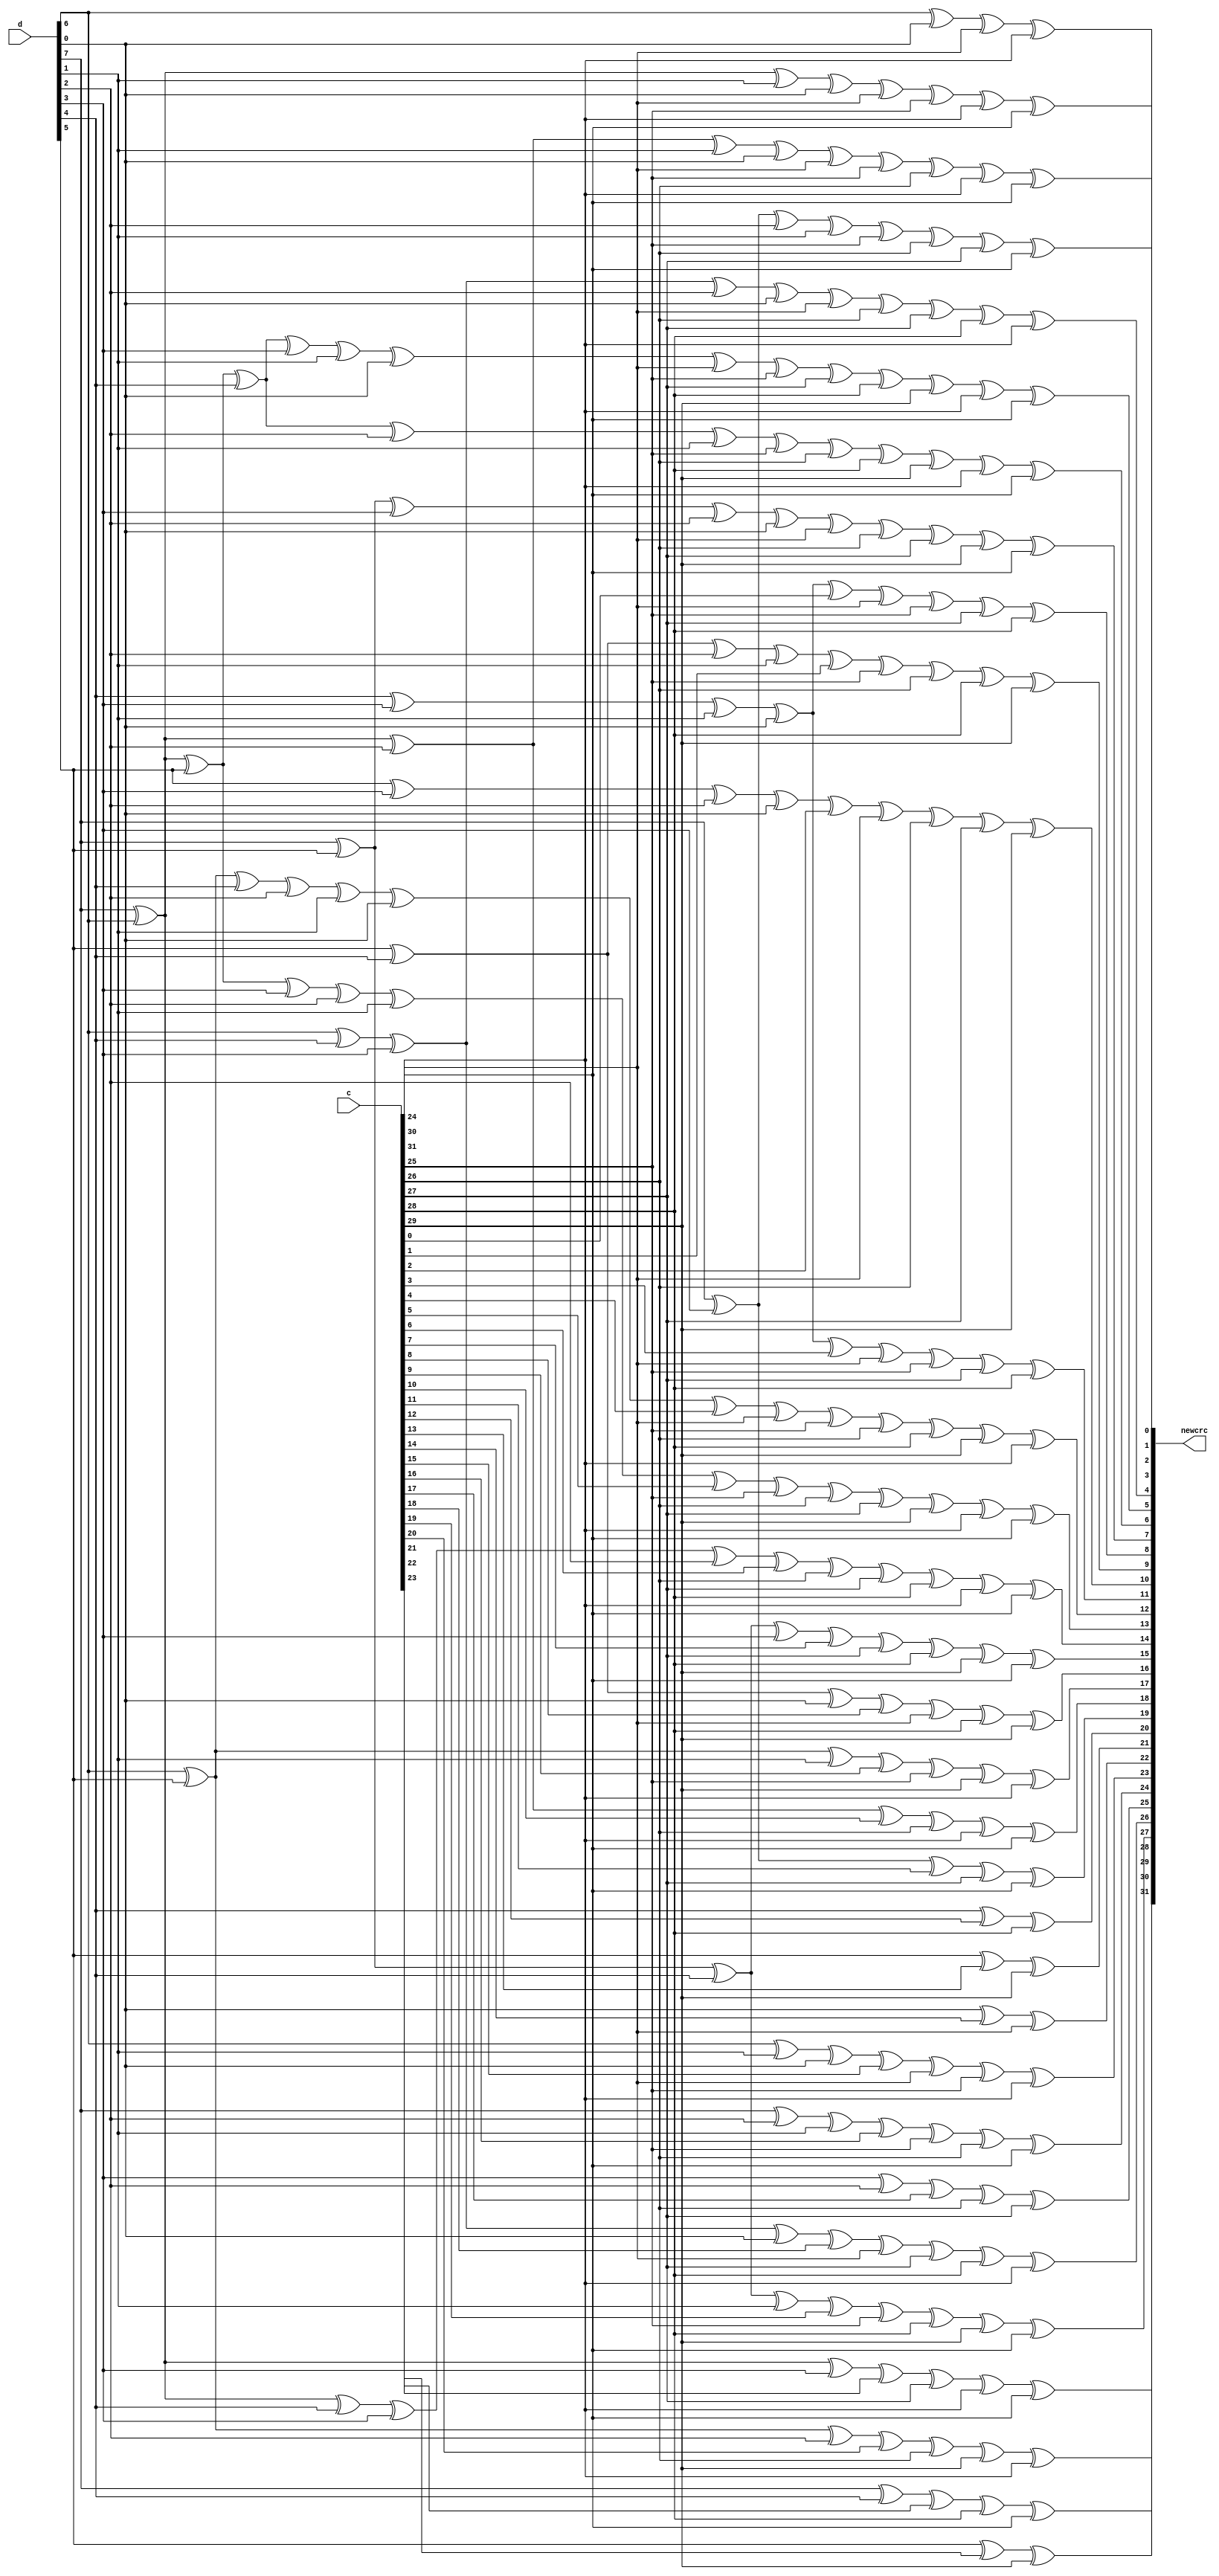
//*********Logical analyzer for long-term jitter monitoring*************
//
//  IP core, which evaluates CRC-32 checksum
//
//MIREA - Russian Technological University, 2020
// 
//Distributed under the Creative Commons Attribution-ShareAlike license
//**********************************************************************

module crc32(
    input [31:0]c,
    input [7:0]d,
    output reg [31:0]newcrc
);

always @(*)
begin
    newcrc[0] = d[6] ^ d[0] ^ c[24] ^ c[30];
    newcrc[1] = d[7] ^ d[6] ^ d[1] ^ d[0] ^ c[24] ^ c[25] ^ c[30] ^ c[31];
    newcrc[2] = d[7] ^ d[6] ^ d[2] ^ d[1] ^ d[0] ^ c[24] ^ c[25] ^ c[26] ^ c[30] ^ c[31];
    newcrc[3] = d[7] ^ d[3] ^ d[2] ^ d[1] ^ c[25] ^ c[26] ^ c[27] ^ c[31];
    newcrc[4] = d[6] ^ d[4] ^ d[3] ^ d[2] ^ d[0] ^ c[24] ^ c[26] ^ c[27] ^ c[28] ^ c[30];
    newcrc[5] = d[7] ^ d[6] ^ d[5] ^ d[4] ^ d[3] ^ d[1] ^ d[0] ^ c[24] ^ c[25] ^ c[27] ^ c[28] ^ c[29] ^ c[30] ^ c[31];
    newcrc[6] = d[7] ^ d[6] ^ d[5] ^ d[4] ^ d[2] ^ d[1] ^ c[25] ^ c[26] ^ c[28] ^ c[29] ^ c[30] ^ c[31];
    newcrc[7] = d[7] ^ d[5] ^ d[3] ^ d[2] ^ d[0] ^ c[24] ^ c[26] ^ c[27] ^ c[29] ^ c[31];
    newcrc[8] = d[4] ^ d[3] ^ d[1] ^ d[0] ^ c[0] ^ c[24] ^ c[25] ^ c[27] ^ c[28];
    newcrc[9] = d[5] ^ d[4] ^ d[2] ^ d[1] ^ c[1] ^ c[25] ^ c[26] ^ c[28] ^ c[29];
    newcrc[10] = d[5] ^ d[3] ^ d[2] ^ d[0] ^ c[2] ^ c[24] ^ c[26] ^ c[27] ^ c[29];
    newcrc[11] = d[4] ^ d[3] ^ d[1] ^ d[0] ^ c[3] ^ c[24] ^ c[25] ^ c[27] ^ c[28];
    newcrc[12] = d[6] ^ d[5] ^ d[4] ^ d[2] ^ d[1] ^ d[0] ^ c[4] ^ c[24] ^ c[25] ^ c[26] ^ c[28] ^ c[29] ^ c[30];
    newcrc[13] = d[7] ^ d[6] ^ d[5] ^ d[3] ^ d[2] ^ d[1] ^ c[5] ^ c[25] ^ c[26] ^ c[27] ^ c[29] ^ c[30] ^ c[31];
    newcrc[14] = d[7] ^ d[6] ^ d[4] ^ d[3] ^ d[2] ^ c[6] ^ c[26] ^ c[27] ^ c[28] ^ c[30] ^ c[31];
    newcrc[15] = d[7] ^ d[5] ^ d[4] ^ d[3] ^ c[7] ^ c[27] ^ c[28] ^ c[29] ^ c[31];
    newcrc[16] = d[5] ^ d[4] ^ d[0] ^ c[8] ^ c[24] ^ c[28] ^ c[29];
    newcrc[17] = d[6] ^ d[5] ^ d[1] ^ c[9] ^ c[25] ^ c[29] ^ c[30];
    newcrc[18] = d[7] ^ d[6] ^ d[2] ^ c[10] ^ c[26] ^ c[30] ^ c[31];
    newcrc[19] = d[7] ^ d[3] ^ c[11] ^ c[27] ^ c[31];
    newcrc[20] = d[4] ^ c[12] ^ c[28];
    newcrc[21] = d[5] ^ c[13] ^ c[29];
    newcrc[22] = d[0] ^ c[14] ^ c[24];
    newcrc[23] = d[6] ^ d[1] ^ d[0] ^ c[15] ^ c[24] ^ c[25] ^ c[30];
    newcrc[24] = d[7] ^ d[2] ^ d[1] ^ c[16] ^ c[25] ^ c[26] ^ c[31];
    newcrc[25] = d[3] ^ d[2] ^ c[17] ^ c[26] ^ c[27];
    newcrc[26] = d[6] ^ d[4] ^ d[3] ^ d[0] ^ c[18] ^ c[24] ^ c[27] ^ c[28] ^ c[30];
    newcrc[27] = d[7] ^ d[5] ^ d[4] ^ d[1] ^ c[19] ^ c[25] ^ c[28] ^ c[29] ^ c[31];
    newcrc[28] = d[6] ^ d[5] ^ d[2] ^ c[20] ^ c[26] ^ c[29] ^ c[30];
    newcrc[29] = d[7] ^ d[6] ^ d[3] ^ c[21] ^ c[27] ^ c[30] ^ c[31];
    newcrc[30] = d[7] ^ d[4] ^ c[22] ^ c[28] ^ c[31];
    newcrc[31] = d[5] ^ c[23] ^ c[29];
end

endmodule